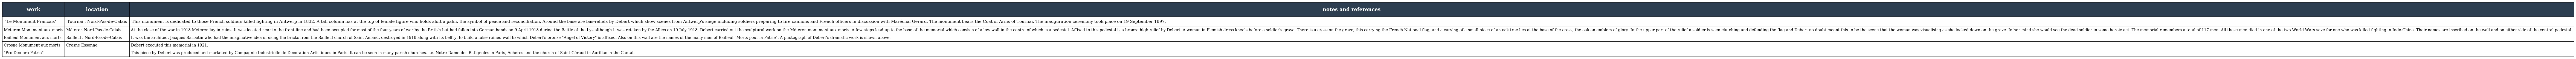
| work | location | notes and references |
 | --- | --- | --- |
 | "Le Monument Francais" | Tournai . Nord-Pas-de-Calais | This monument is dedicated to those French soldiers killed fighting in Antwerp in 1832. A tall column has at the top of female figure who holds aloft a palm, the symbol of peace and reconciliation. Around the base are bas-reliefs by Debert which show scenes from Antwerp's siege including soldiers preparing to fire cannons and French officers in discussion with Maréchal Gerard. The monument bears the Coat of Arms of Tournai. The inauguration ceremony took place on 19 September 1897. |
 | Méteren Monument aux morts | Méteren Nord-Pas-de-Calais | At the close of the war in 1918 Méteren lay in ruins. It was located near to the front-line and had been occupied for most of the four years of war by the British but had fallen into German hands on 9 April 1918 during the Battle of the Lys although it was retaken by the Allies on 19 July 1918. Debert carried out the sculptural work on the Méteren monument aux morts. A few steps lead up to the base of the memorial which consists of a low wall in the centre of which is a pedestal. Affixed to this pedestal is a bronze high relief by Debert. A woman in Flemish dress kneels before a soldier's grave. There is a cross on the grave, this carrying the French National flag, and a carving of a small piece of an oak tree lies at the base of the cross; the oak an emblem of glory. In the upper part of the relief a soldier is seen clutching and defending the flag and Debert no doubt meant this to be the scene that the woman was visualising as she looked down on the grave. In her mind she would see the dead soldier in some heroic act. The memorial remembers a total of 117 men. All these men died in one of the two World Wars save for one who was killed fighting in Indo-China. Their names are inscribed on the wall and on either side of the central pedestal. |
 | Bailleul Monument aux morts. | Bailleul . Nord-Pas-de-Calais | It was the architect Jacques Barbotin who had the imaginative idea of using the bricks from the Bailleul church of Saint Amand, destroyed in 1918 along with its belfry, to build a false ruined wall to which Debert's bronze "Angel of Victory" is affixed. Also on this wall are the names of the many men of Bailleul "Morts pour la Patrie". A photograph of Debert's dramatic work is shown above. |
 | Crosne Monument aux morts | Crosne Essonne | Debert executed this memorial in 1921. |
 | "Pro Deo pro Patria" |  | This piece by Debert was produced and marketed by Compagnie Industrielle de Decoration Artistiques in Paris. It can be seen in many parish churches. i.e. Notre-Dame-des-Batignoles in Paris, Achères and the church of Saint-Géraud in Aurillac in the Cantal. |